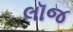
લૉજ